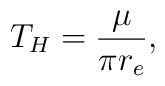
T_{H} = \frac{\mu}{\pi r_{e}},